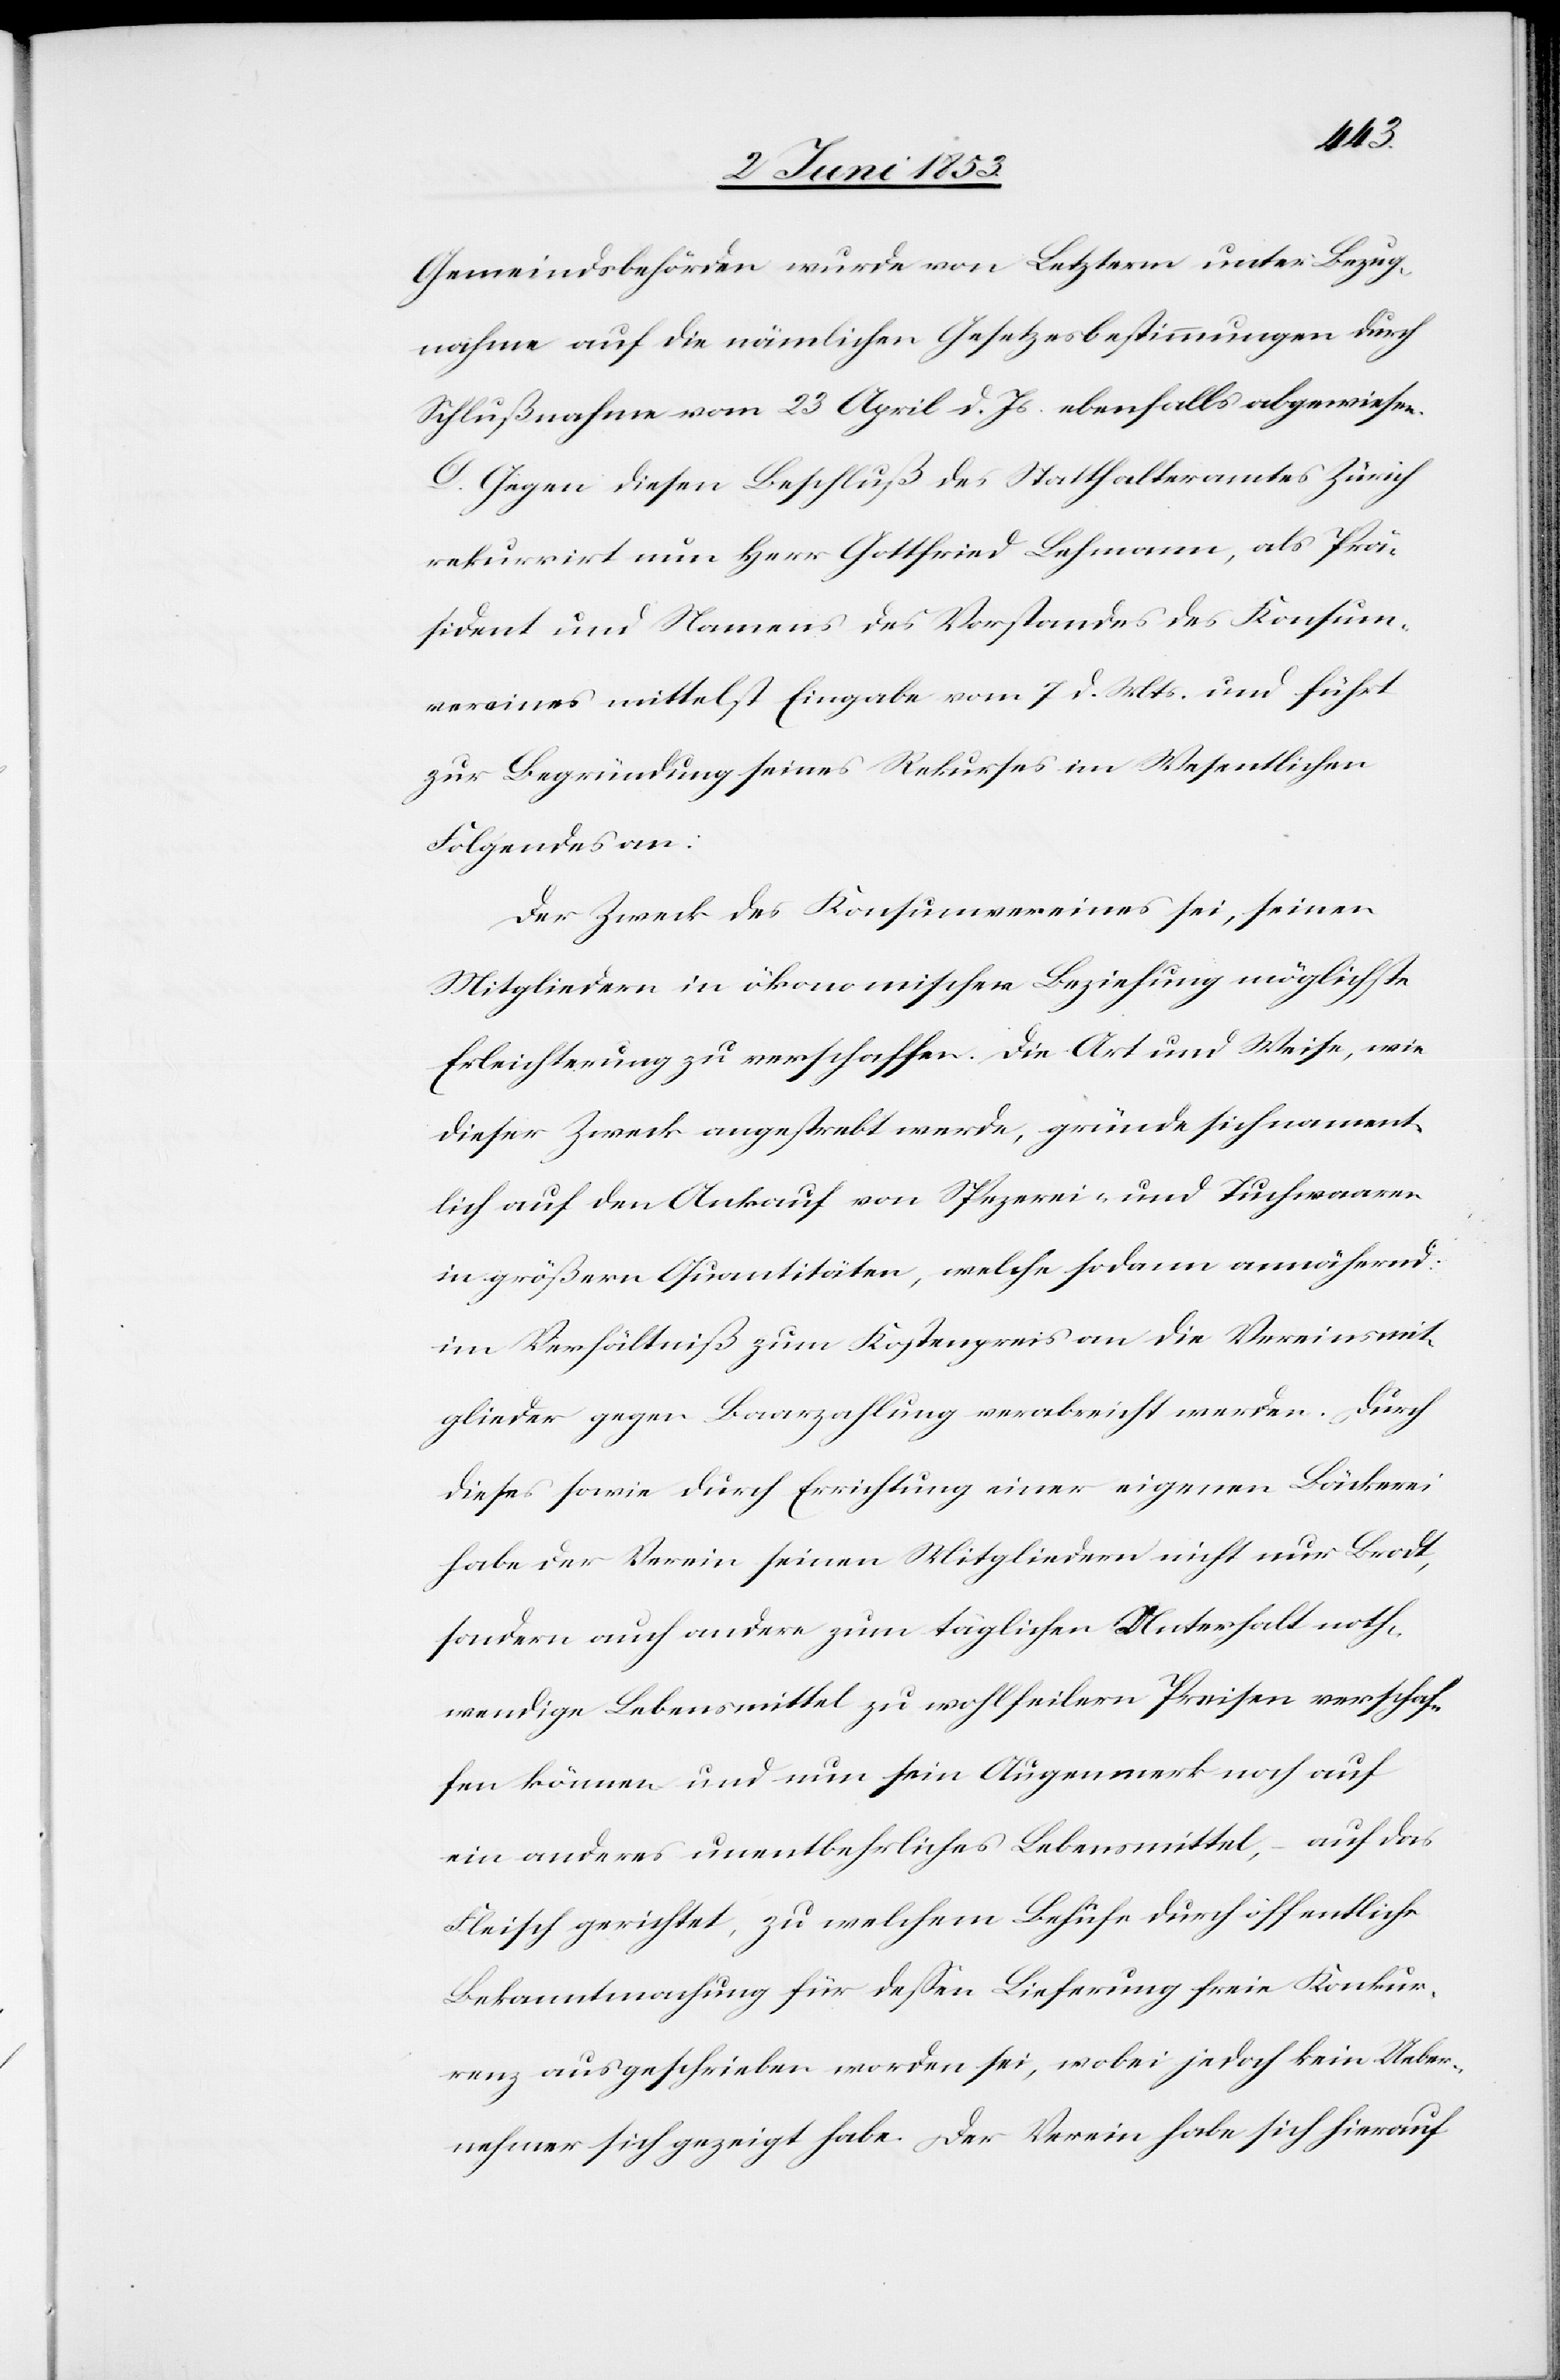
Gemeindsbehörden wurde von Letztern unter Bezug¬
nahme auf die nämlichen Gesetzesbestimmungen durch
Schlußnahme vom 23 April d. Js. ebenfalls abgewiesen.
D. Gegen diesen Beschluß des Statthalteramtes Zürich
rekurrirt nun Herr Gottfried Lehmann, als Prä¬
sident und Namens des Vorstandes des Konsum¬
vereines mittelst Eingabe vom 7 d. Mts. und führt
zur Begründung seines Rekurses im Wesentlichen
Folgendes an:
Der Zweck des Konsumvereines sei, seinen
Mitgliedern in ökonomischer Beziehung möglichste
Erleichterung zu verschaffen. Die Art und Weise, wie
dieser Zweck angestrebt werde, gründe sich nament¬
lich auf den Ankauf von Spezerei- und Tuchwaaren
in größern Quantitäten, welche sodann annähernd
im Verhältniß zum Kostenpreis an die Vereinsmit¬
glieder gegen Baarzahlung verabreicht werden. Durch
dieses sowie durch Errichtung einer eigenen Bäckerei
habe der Verein seinen Mitgliedern nicht nur Brodt,
sondern auch andere zum täglichen Unterhalt noth¬
wendigen Lebensmittel zu wohlfeilern Preisen verschaf¬
fen können und nun sein Augenmerk noch auf
ein anderes unentbehrliches Lebensmittel, – auf das
Fleisch gerichtet, zu welchem Behufe durch öffentliche
Bekanntmachung für deßen Lieferung freie Konkur¬
renz ausgeschrieben worden sei, wobei jedoch kein Ueber¬
nehmer sich gezeigt habe. Der Verein habe sich hierauf